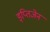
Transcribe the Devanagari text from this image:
इप्तिजेन